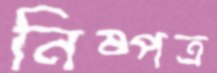
নিষ্পত্র